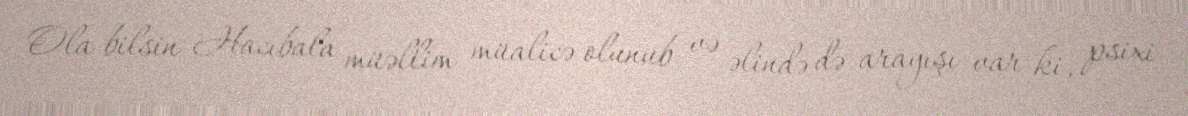
Ola bilsin Hacıbala müəllim müalicə olunub və əlində də arayışı var ki, psixi